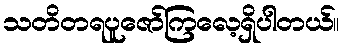
သတိတရပူဇော်ကြလေ့ရှိပါတယ်။